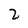
Character: 2